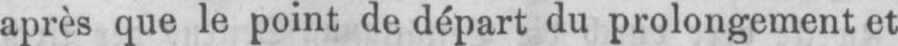
après que le point de départ du prolongement et